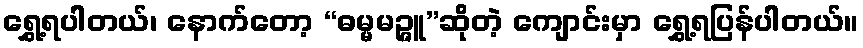
ရွှေ့ရပါတယ်၊ နောက်တော့ “ဓမ္မမဉ္ဇူ”ဆိုတဲ့ ကျောင်းမှာ ရွှေ့ရပြန်ပါတယ်။